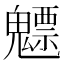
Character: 魒